Document type: Sale
Year: 1430
Scribe: [Unknown]
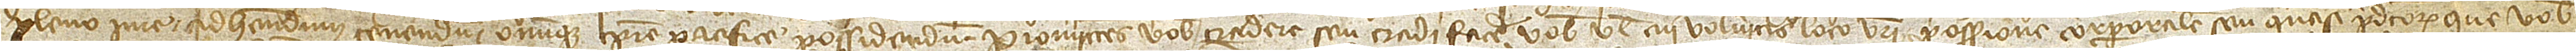
pleno iure ad habendum, tenendum omnique tempore pacifice possidendum. Promittens vobis tradere seu tradi facere vobis vel cui volueritis loco vestri possessionem corporalem seu quasi predictorum que vobis